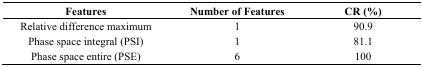
| Features | Number of Features | CR (%) |
 | --- | --- | --- |
 | Relative difference maximum | 1 | 90.9 |
 | Phase space integral (PSI) | 1 | 81.1 |
 | Phase space entire (PSE) | 6 | 100 |